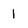
Character: 1